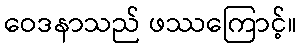
ဝေဒနာသည် ဖဿကြောင့်။